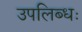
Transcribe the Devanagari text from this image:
उपलिब्धः